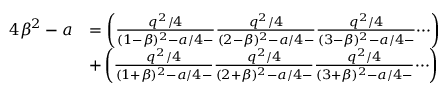
\begin{array} { r l } { 4 \beta ^ { 2 } - a } & { = \left( \frac { q ^ { 2 } / 4 } { ( 1 - \beta ) ^ { 2 } - a / 4 - } \frac { q ^ { 2 } / 4 } { ( 2 - \beta ) ^ { 2 } - a / 4 - } \frac { q ^ { 2 } / 4 } { ( 3 - \beta ) ^ { 2 } - a / 4 - } \dotsi \right) } \\ & { + \left( \frac { q ^ { 2 } / 4 } { ( 1 + \beta ) ^ { 2 } - a / 4 - } \frac { q ^ { 2 } / 4 } { ( 2 + \beta ) ^ { 2 } - a / 4 - } \frac { q ^ { 2 } / 4 } { ( 3 + \beta ) ^ { 2 } - a / 4 - } \dotsi \right) } \end{array}